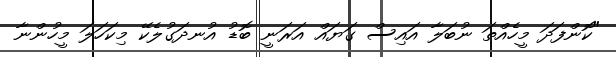
"ކޮންފަދަ މީހެއްތަ ނުބަލާ އައިސް ގަޔައް އަރަނީ ބޮޑު އުނދަގުލެކޭ މިކަހަލަ މީހުންނާ